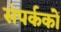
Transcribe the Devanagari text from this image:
संपर्ककों